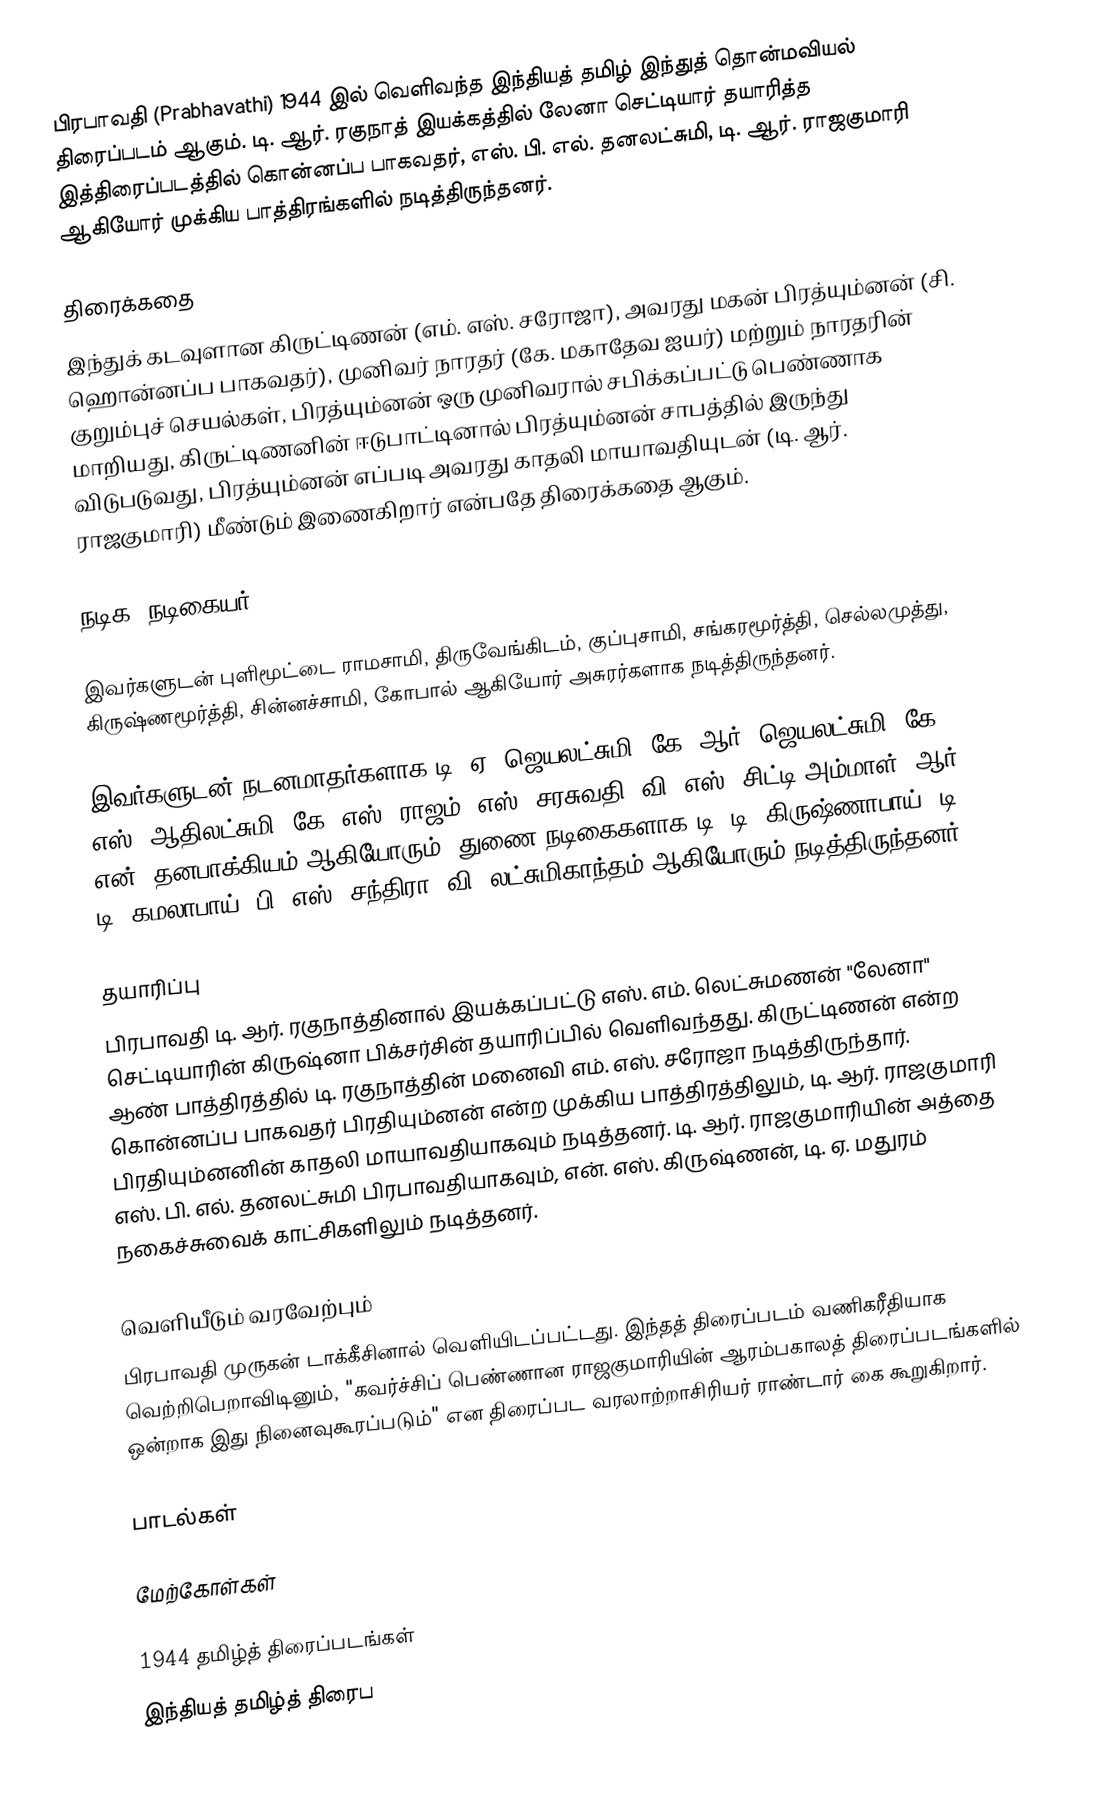
பிரபாவதி (Prabhavathi) 1944 இல் வெளிவந்த இந்தியத் தமிழ் இந்துத் தொன்மவியல் திரைப்படம் ஆகும். டி. ஆர். ரகுநாத் இயக்கத்தில் லேனா செட்டியார் தயாரித்த இத்திரைப்படத்தில் கொன்னப்ப பாகவதர், எஸ். பி. எல். தனலட்சுமி, டி. ஆர். ராஜகுமாரி ஆகியோர் முக்கிய பாத்திரங்களில் நடித்திருந்தனர்.

திரைக்கதை
இந்துக் கடவுளான கிருட்டிணன் (எம். எஸ். சரோஜா), அவரது மகன் பிரத்யும்னன் (சி. ஹொன்னப்ப பாகவதர்), முனிவர் நாரதர் (கே. மகாதேவ ஐயர்) மற்றும் நாரதரின் குறும்புச் செயல்கள், பிரத்யும்னன் ஒரு முனிவரால் சபிக்கப்பட்டு பெண்ணாக மாறியது, கிருட்டிணனின் ஈடுபாட்டினால் பிரத்யும்னன் சாபத்தில் இருந்து விடுபடுவது, பிரத்யும்னன் எப்படி அவரது காதலி மாயாவதியுடன் (டி. ஆர். ராஜகுமாரி) மீண்டும் இணைகிறார் என்பதே திரைக்கதை ஆகும்.

நடிக, நடிகையர்

இவர்களுடன் புளிமூட்டை ராமசாமி, திருவேங்கிடம், குப்புசாமி, சங்கரமூர்த்தி, செல்லமுத்து, கிருஷ்ணமூர்த்தி, சின்னச்சாமி, கோபால் ஆகியோர் அசுரர்களாக நடித்திருந்தனர்.

இவர்களுடன் நடனமாதர்களாக டி. ஏ. ஜெயலட்சுமி, கே. ஆர். ஜெயலட்சுமி,  கே. எஸ். ஆதிலட்சுமி, கே. எஸ். ராஜம், எஸ். சரசுவதி, வி. எஸ். சிட்டி அம்மாள், ஆர். என். தனபாக்கியம் ஆகியோரும், துணை நடிகைகளாக டி. டி. கிருஷ்ணாபாய், டி. டி. கமலாபாய், பி. எஸ். சந்திரா, வி. லட்சுமிகாந்தம் ஆகியோரும் நடித்திருந்தனர்.

தயாரிப்பு
பிரபாவதி டி. ஆர். ரகுநாத்தினால் இயக்கப்பட்டு எஸ். எம். லெட்சுமணன் "லேனா" செட்டியாரின் கிருஷ்னா பிக்சர்சின் தயாரிப்பில் வெளிவந்தது.  கிருட்டிணன் என்ற ஆண் பாத்திரத்தில் டி. ரகுநாத்தின் மனைவி எம். எஸ். சரோஜா நடித்திருந்தார். கொன்னப்ப பாகவதர் பிரதியும்னன் என்ற முக்கிய பாத்திரத்திலும், டி. ஆர். ராஜகுமாரி பிரதியும்னனின் காதலி மாயாவதியாகவும் நடித்தனர். டி. ஆர். ராஜகுமாரியின் அத்தை எஸ். பி. எல். தனலட்சுமி பிரபாவதியாகவும், என். எஸ். கிருஷ்ணன், டி. ஏ. மதுரம் நகைச்சுவைக் காட்சிகளிலும் நடித்தனர்.

வெளியீடும் வரவேற்பும்
பிரபாவதி முருகன் டாக்கீசினால் வெளியிடப்பட்டது. இந்தத் திரைப்படம் வணிகரீதியாக வெற்றிபெறாவிடினும், "கவர்ச்சிப் பெண்ணான ராஜகுமாரியின் ஆரம்பகாலத் திரைப்படங்களில் ஒன்றாக இது நினைவுகூரப்படும்" என திரைப்பட வரலாற்றாசிரியர் ராண்டார் கை கூறுகிறார்.

பாடல்கள்

மேற்கோள்கள்

1944 தமிழ்த் திரைப்படங்கள்
இந்தியத் தமிழ்த் திரைப